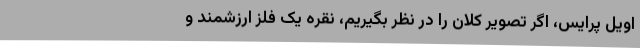
اویل پرایس، اگر تصویر کلان را در نظر بگیریم، نقره یک فلز ارزشمند و